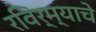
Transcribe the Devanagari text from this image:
रविर्म्याचे